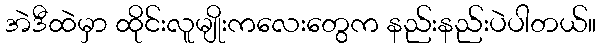
အဲဒီထဲမှာ ထိုင်းလူမျိုးကလေးတွေက နည်းနည်းပဲပါတယ်။